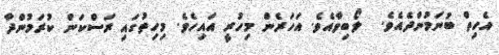
އެހިތް ބުނަމުންދެއެވެ.  ލޯބިވާއެވެ. އަހަރެން މިހުރީ އައިހެވެ. މިހިތުގައި ރަސްކަން ކުރަމުންދާ